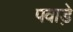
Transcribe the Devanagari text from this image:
पवाड़े